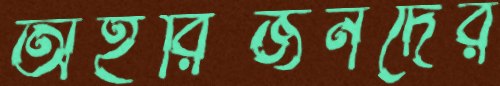
অহরিজনদের